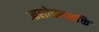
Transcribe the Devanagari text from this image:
आलोचनशक्ति